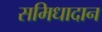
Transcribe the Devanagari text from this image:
समिधादान